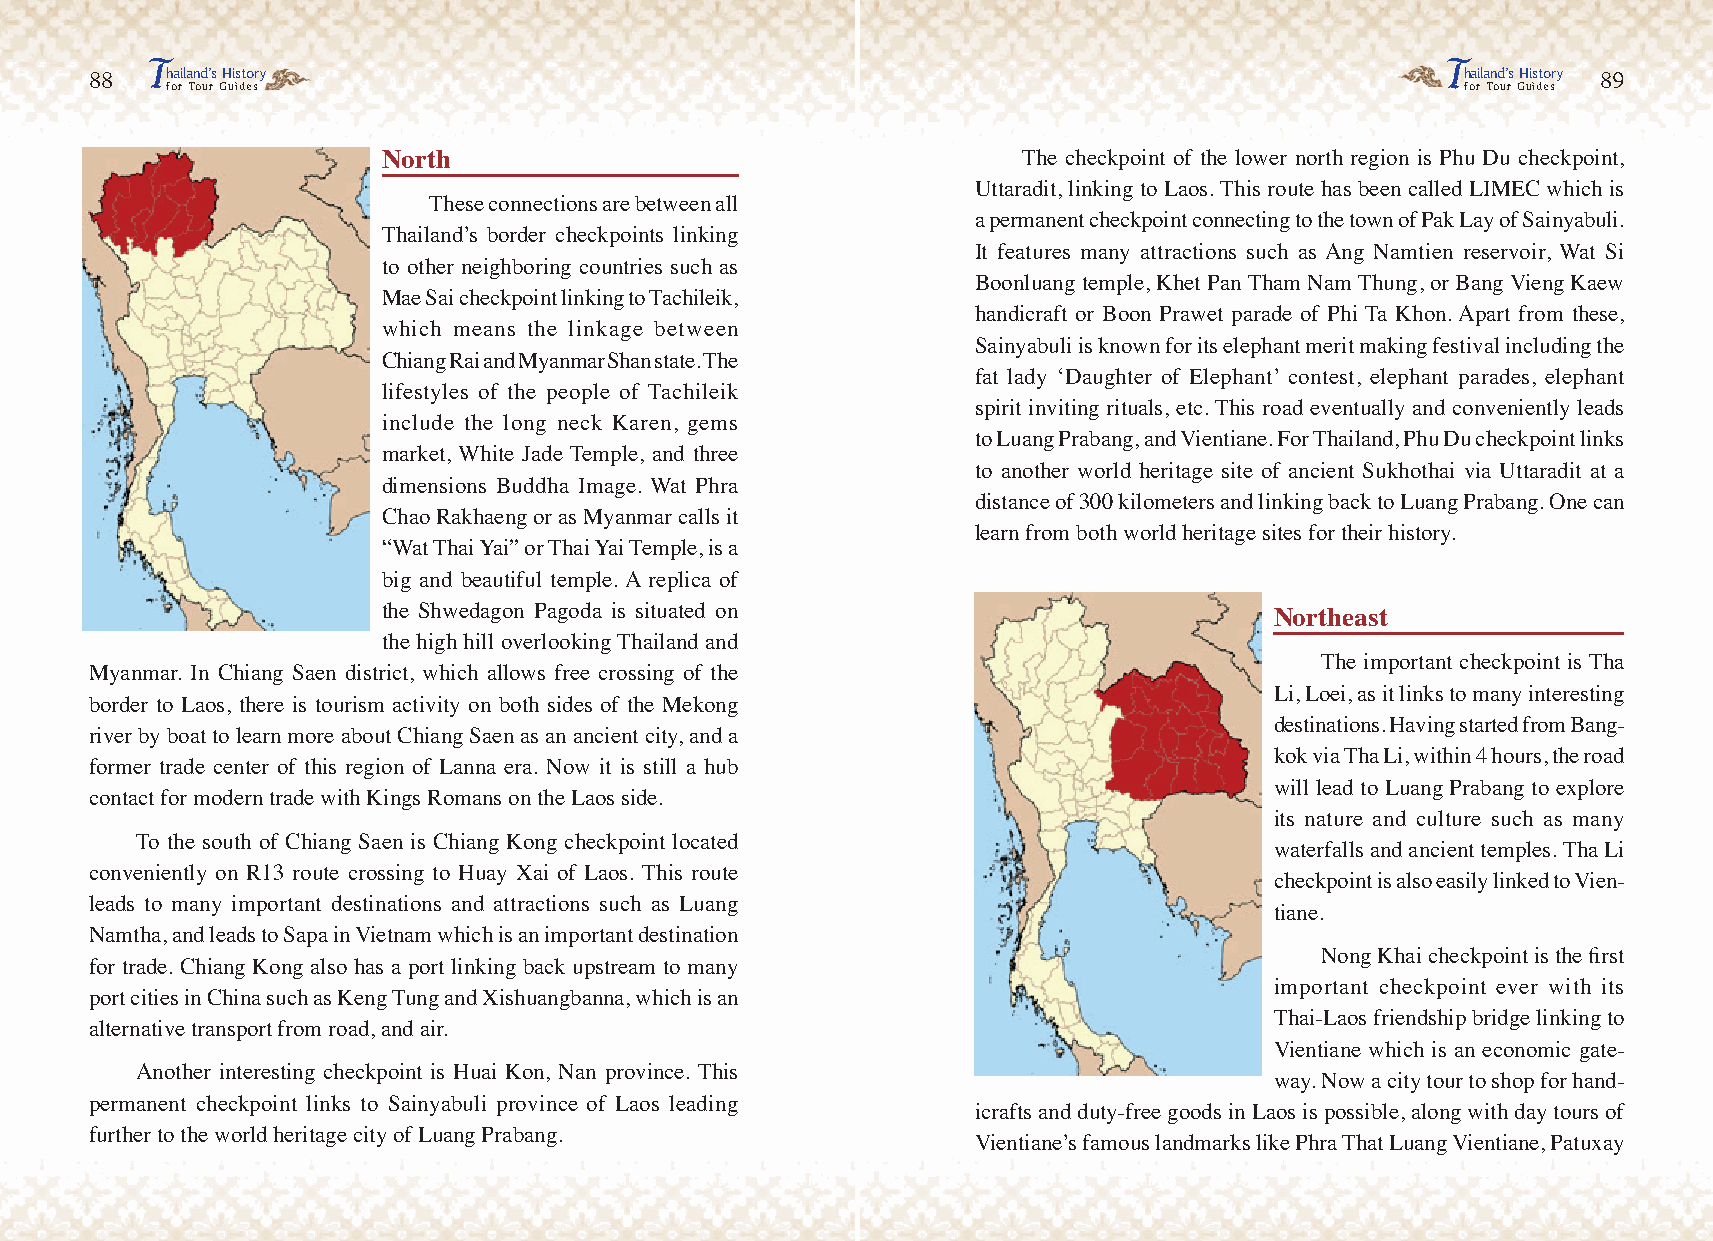
T                                                                                     T
 88   hailand’s History                                                                     hailand’s History 89
 for Tour Guides                                                                       for Tour Guides
 North                                      The checkpoint of the lower north region is Phu Du checkpoint,
 Uttaradit, linking to Laos. This route has been called LIMEC which is
 These connections are between all
 a permanent checkpoint connecting to the town of Pak Lay of Sainyabuli.
 Thailand’s border checkpoints linking
 It features many attractions such as Ang Namtien reservoir, Wat Si
 to other neighboring countries such as
 Boonluang temple, Khet Pan Tham Nam Thung, or Bang Vieng Kaew
 Mae Sai checkpoint linking to Tachileik,
 handicraft or Boon Prawet parade of Phi Ta Khon. Apart from these,
 which means the linkage between
 Sainyabuli is known for its elephant merit making festival including the
 Chiang Rai and Myanmar Shan state. The
 fat lady ‘Daughter of Elephant’ contest, elephant parades, elephant
 lifestyles of the people of Tachileik
 spirit inviting rituals, etc. This road eventually and conveniently leads
 include the long neck Karen, gems
 to Luang Prabang, and Vientiane. For Thailand, Phu Du checkpoint links
 market, White Jade Temple, and three
 to another world heritage site of ancient Sukhothai via Uttaradit at a
 dimensions Buddha Image. Wat Phra
 distance of 300 kilometers and linking back to Luang Prabang. One can
 Chao Rakhaeng or as Myanmar calls it
 learn from both world heritage sites for their history.
 “Wat Thai Yai” or Thai Yai Temple, is a
 big and beautiful temple. A replica of
 the Shwedagon Pagoda is situated on                        Northeast
 the high hill overlooking Thailand and
 The important checkpoint is Tha
 Myanmar. In Chiang Saen district, which allows free crossing of the
 Li, Loei, as it links to many interesting
 border to Laos, there is tourism activity on both sides of the Mekong
 destinations. Having started from Bang-
 river by boat to learn more about Chiang Saen as an ancient city, and a
 kok via Tha Li, within 4 hours, the road
 former trade center of this region of Lanna era. Now it is still a hub
 will lead to Luang Prabang to explore
 contact for modern trade with Kings Romans on the Laos side.
 its nature and culture such as many
 To the south of Chiang Saen is Chiang Kong checkpoint located
 waterfalls and ancient temples. Tha Li
 conveniently on R13 route crossing to Huay Xai of Laos. This route
 checkpoint is also easily linked to Vien-
 leads to many important destinations and attractions such as Luang
 tiane.
 Namtha, and leads to Sapa in Vietnam which is an important destination
 Nong Khai checkpoint is the first
 for trade. Chiang Kong also has a port linking back upstream to many
 important checkpoint ever with its
 port cities in China such as Keng Tung and Xishuangbanna, which is an
 Thai-Laos friendship bridge linking to
 alternative transport from road, and air.
 Vientiane which is an economic gate-
 Another interesting checkpoint is Huai Kon, Nan province. This
 way. Now a city tour to shop for hand-
 permanent checkpoint links to Sainyabuli province of Laos leading
 icrafts and duty-free goods in Laos is possible, along with day tours of
 further to the world heritage city of Luang Prabang.
 Vientiane’s famous landmarks like Phra That Luang Vientiane, Patuxay